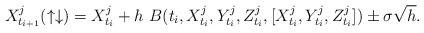
LaTeX: \begin{align*} X^j_{t_{i+1}}(\uparrow \downarrow) = X_{t_{i}}^j + h \ B(t_i,X^j_{t_i},Y^j_{t_i},Z^j_{t_i},[X^j_{t_i},Y^j_{t_i},Z^j_{t_i}]) \pm \sigma \sqrt{h}. \end{align*}